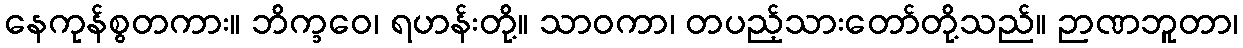
နေကုန်စွတကား။ ဘိက္ခဝေ၊ ရဟန်းတို့။ သာဝကာ၊ တပည့်သားတော်တို့သည်။ ဉာဏဘူတာ၊